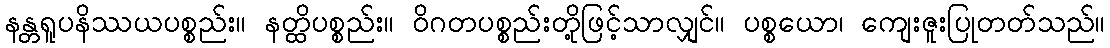
နန္တရူပနိဿယပစ္စည်း။ နတ္ထိပစ္စည်း။ ဝိဂတပစ္စည်းတို့ဖြင့်သာလျှင်။ ပစ္စယော၊ ကျေးဇူးပြုတတ်သည်။